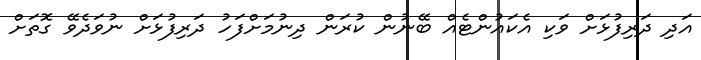
އަދި ދަރިފުޅަށް ވަކި އެކައުންޓެއް ބޭނުން ކުރަން ދިނުމަށްފަހު ދަރިފުޅަށް ނުވަދެވޭ ގޮތަށް